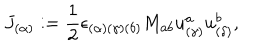
LaTeX: J _ { ( \alpha ) } : = { \frac { 1 } { 2 } } \epsilon _ { ( \alpha ) ( \gamma ) ( \delta ) } { M } _ { a b } u _ { ( \gamma ) } ^ { a } u _ { ( \delta ) } ^ { b } ,